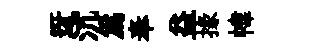
迓沆為奉益掾幃